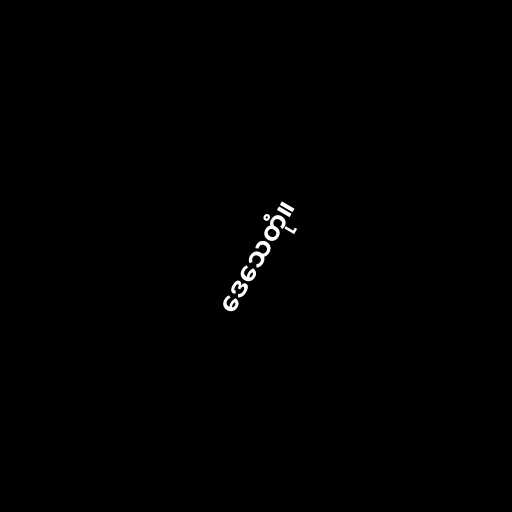
ဒေသေတုံ။